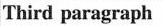
Third paragraph